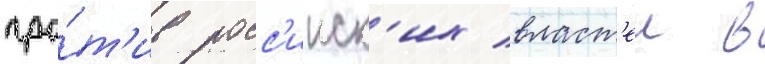
про́т'ив росс'ииск'их власт'еи в